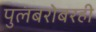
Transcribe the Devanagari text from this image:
पुलंबरोबरही